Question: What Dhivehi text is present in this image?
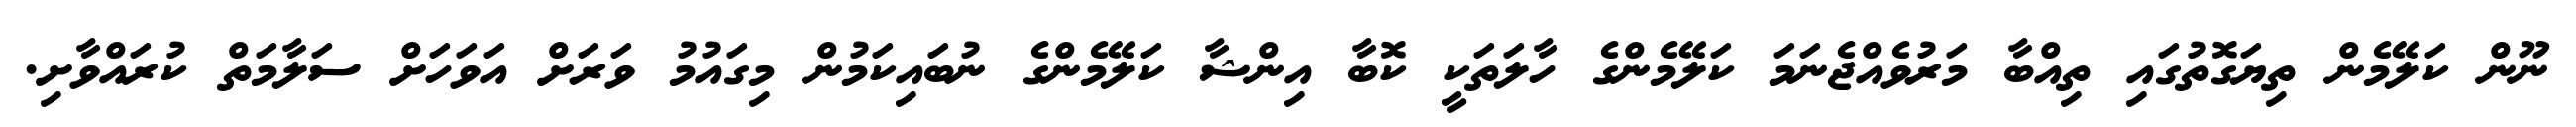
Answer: ނޫން ކަލޭމެން ތިޔަގޮތުގައި ތިއްބާ މަރުވެއްޖެނަމަ ކަލޭމެންގެ ހާލަތަކީ ކޮބާ އިންޝާ ކަލޭމެންގެ ނުބައިކަމުން މިގައުމު ވަރަށް އަވަހަށް ސަލާމަތް ކުރައްވާށި.